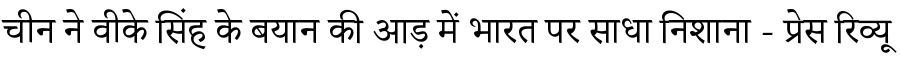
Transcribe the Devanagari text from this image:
चीन ने वीके सिंह के बयान की आड़ में भारत पर साधा निशाना - प्रेस रिव्यू